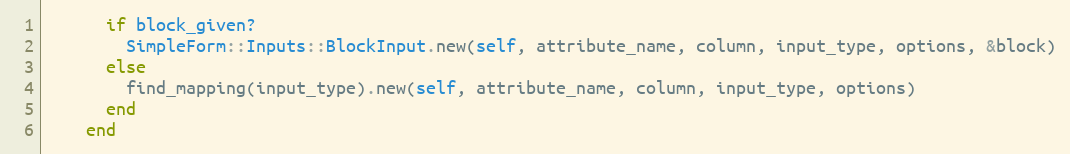
Language: Ruby
      if block_given?
        SimpleForm::Inputs::BlockInput.new(self, attribute_name, column, input_type, options, &block)
      else
        find_mapping(input_type).new(self, attribute_name, column, input_type, options)
      end
    end